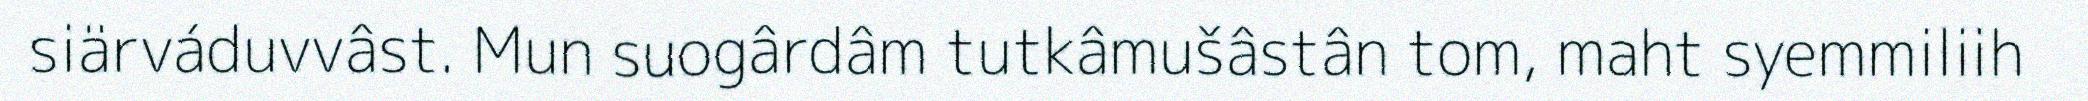
siärváduvvâst. Mun suogârdâm tutkâmušâstân tom, maht syemmiliih